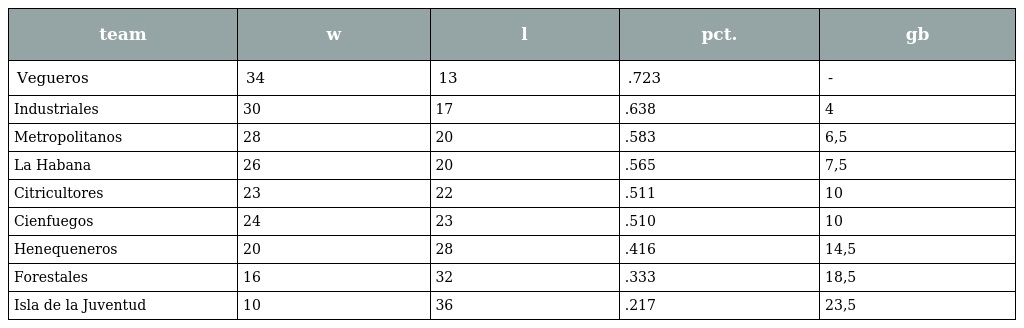
| team | w | l | pct. | gb |
 | --- | --- | --- | --- | --- |
 | Vegueros | 34 | 13 | .723 | - |
 | Industriales | 30 | 17 | .638 | 4 |
 | Metropolitanos | 28 | 20 | .583 | 6,5 |
 | La Habana | 26 | 20 | .565 | 7,5 |
 | Citricultores | 23 | 22 | .511 | 10 |
 | Cienfuegos | 24 | 23 | .510 | 10 |
 | Henequeneros | 20 | 28 | .416 | 14,5 |
 | Forestales | 16 | 32 | .333 | 18,5 |
 | Isla de la Juventud | 10 | 36 | .217 | 23,5 |